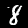
Digit: 8